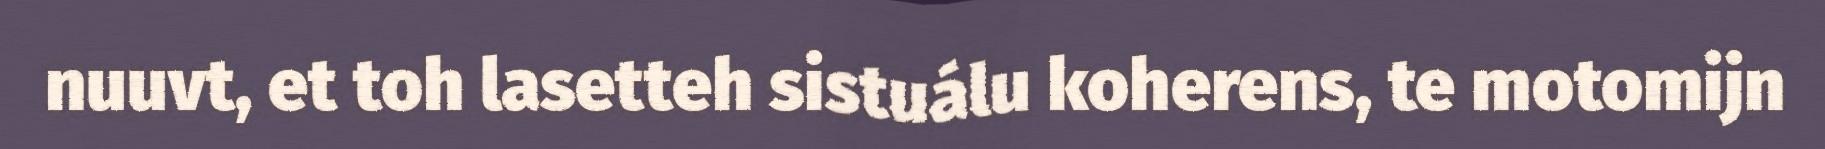
nuuvt, et toh lasetteh sistuálu koherens, te motomijn